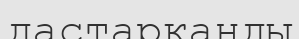
дастарқанды